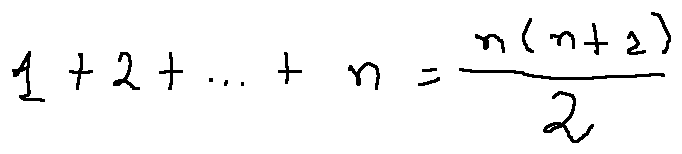
1 + 2 + \cdots + n = \frac { n ( n + 1 ) } { 2 }